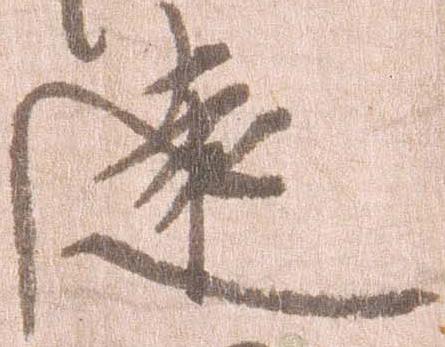
遠